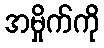
အမှိုက်ကို